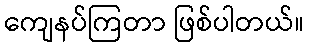
ကျေနပ်ကြတာ ဖြစ်ပါတယ်။